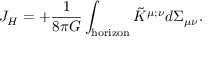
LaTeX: J _ { H } = + { \frac { 1 } { 8 \pi G } } \int _ { \mathrm { h o r i z o n } } \tilde { K } ^ { \mu ; \nu } d \Sigma _ { \mu \nu } .